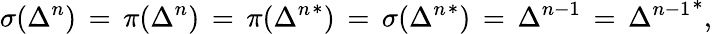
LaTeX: \sigma(\Delta^{n})\, =\, \pi(\Delta^{n})\, =\, \pi({\Delta^{n}}^{*})\, =\, \sigma({\Delta^{n}}^{*})\, =\, {\Delta}^{n-1}\, =\, {{\Delta}^{n-1}}^{*},